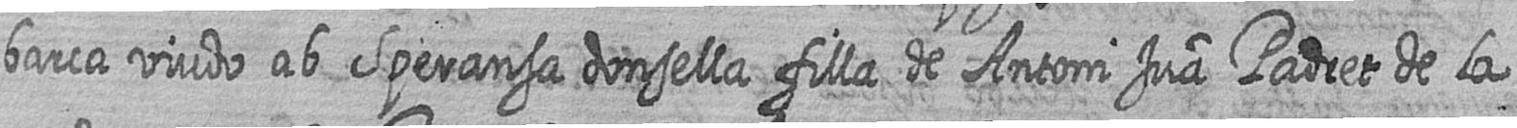
barca viudo ab Speransa donsella filla de Antoni Jua Padret de la